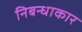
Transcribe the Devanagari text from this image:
निबन्धाकार